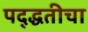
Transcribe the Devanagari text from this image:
पद्द्धतीचा